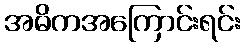
အဓိကအကြောင်းရင်း